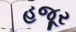
હજૂર